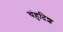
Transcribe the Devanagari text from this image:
चंहुदिश